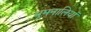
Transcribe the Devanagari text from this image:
धूमनालियाँ